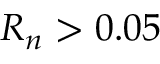
R _ { n } > 0 . 0 5